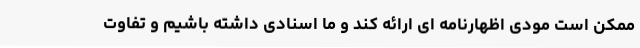
ممکن است مودی اظهارنامه ای ارائه کند و ما اسنادی داشته باشیم و تفاوت